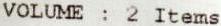
VOLUME : 2 ITEMS